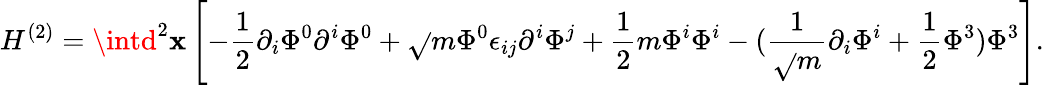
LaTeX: H^{(2)}=\intd^{2}\mathbf{x}\left[-\frac{{1}}{{2}}\partial_{i}\Phi^{0}\partial^{i}\Phi^{0}+\sqrt{}{{m}}\Phi^{0}\epsilon_{ij}\partial^{i}\Phi^{j}+\frac{{1}}{{2}}m\Phi^{i}\Phi^{i}-(\frac{{1}}{{\sqrt{}{{m}}}}\partial_{i}\Phi^{i}+\frac{{1}}{{2}}\Phi^{3})\Phi^{3}\right].